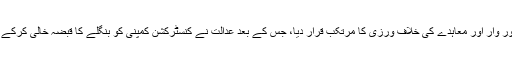
سابق جج پی ونکتراما نے بلڈر مافیا کو قصور وار اور معاہدے کی خلاف ورزی کا مرتکب قرار دیا، جس کے بعد عدالت نے کنسٹرکشن کمپنی کو بنگلے کا قبضہ خالی کرکے چابیاں اداکار کے حوالے کرنے کا حکم دیا۔